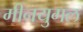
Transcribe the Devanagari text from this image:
मीनयुगल